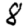
Digit: 8